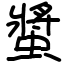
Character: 螿